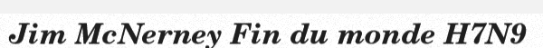
Jim McNerney Fin du monde H7N9